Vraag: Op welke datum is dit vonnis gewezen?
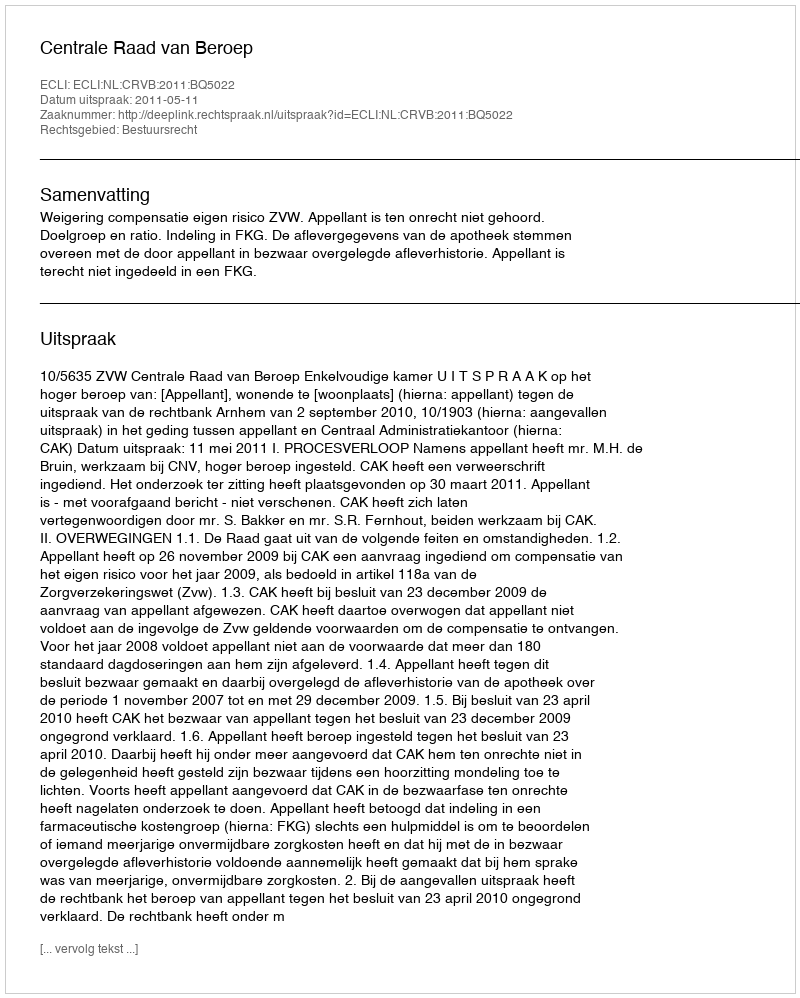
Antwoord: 2011-05-11